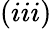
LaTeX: (iii)